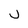
Character: j